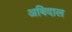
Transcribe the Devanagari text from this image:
अबिदाल